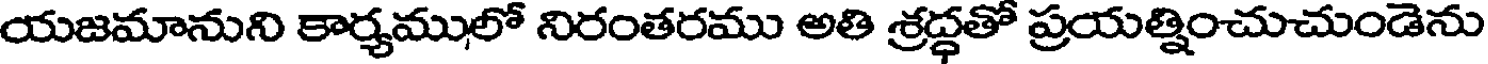
యజమానుని కార్యములో నిరంతరము అతి శ్రద్ధతో ప్రయత్నించుచుండెను